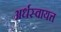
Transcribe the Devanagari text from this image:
अर्धस्वायत्त